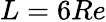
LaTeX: L=6Re